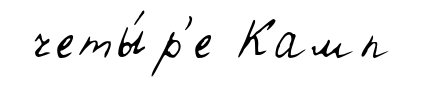
четы́р'е Камп